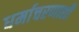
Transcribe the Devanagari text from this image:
धर्माचरणाशी